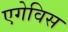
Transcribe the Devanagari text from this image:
एगेविस